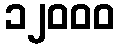
၁၂၀၀၀